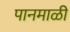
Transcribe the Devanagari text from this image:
पानमाळी